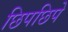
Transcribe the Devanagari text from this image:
छिपछिपे